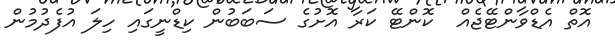
އޮތް އެޑްވާންޓޭޖެއް  ކޮންޓޭ ކަރާ އޮށުގެ ސަބަބުން ކިޑްނީގައި ހިލަ އުފެދުމުން